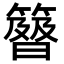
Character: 𥴉